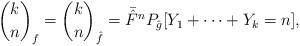
LaTeX: \begin{align*} \binom{k}{n}_f = \binom{k}{n}_{\hat{f}} = {\bar{\hat{F}}^n}P_{\hat{g}}[Y_1+\cdots+Y_k=n], \end{align*}